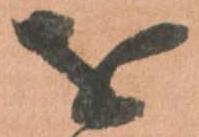
を